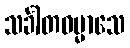
သင်္ခါတဓမ္မာသေ